Report on the lunatic asylums in Bengal - 1862-
Year: 1862
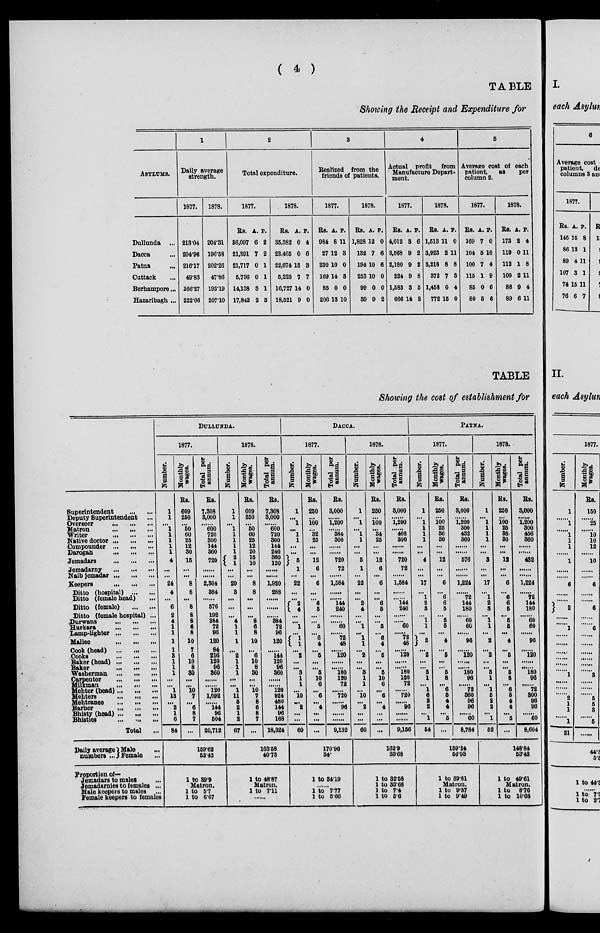
( 4 )
TABLE
Showing the Receipt and Expenditure for
ASYLUMS.
Dullunda ...
Dacca ...
Patna ...
Cuttack ...
Berhampore...
Hazaribagh ...
1
Daily average
strength.
1877.
213.04
204.96
216.17
49.83
166.27
222.06
1878.
204.31
196.58
202.26
47.86
193.19
207.10
2
Total expenditure.
1877.
Rs.
36,097
21,391
21,717
5,736
14,138
17,842
A.
6
7
0
0
3
2
P.
2
2
1
1
1
5
1878.
Rs.
35,382
23,405
22,674
5,225
16,727
18,521
A.
0
0
15
7
14
9
P.
4
6
3
7
0
0
3
Realized from the
friends of patients.
1877.
Rs.
984
27
230
169
85
206
A.
8
12
10
14
0
13
P.
11
3
0
3
0
10
1878.
Rs.
1,828
132
194
253
99
39
A.
12
7
10
10
0
9
P.
0
6
6
0
0
2
4
Actual profit
from
Manufacture Depart-
ment.
1877.
Rs.
4,012
3,568
2,180
224
1,583
666
A.
3
9
9
9
3
14
P.
6
2
2
8
5
2
1878.
Rs.
1,513
3,923
3,218
372
1,458
772
A.
11
2
8
7
0
15
P.
0
11
8
3
4
0
5
Average cost of each
patient,
as
per
column 2.
1877.
Rs.
169
104
100
115
85
80
A.
7
5
7
1
0
5
P.
0
10
4
9
6
6
1878.
Rs.
173
119
112
109
86
89
A.
2
0
1
2
9
6
P.
4
11
8
11
4
11
TABLE
Showing the cost of establishment for
Superintendent
...
...
Deputy Superintendent ...
Overseer
...
...
...
Matron
...
...
...
Writer
...
...
...
Native doctor ... ... ...
Compounder
...
...
...
Darogah ... ... ...
Jemadars
...
...
...
Jemadarny
...
...
...
Naib jemadar ... ... ...
Keepers
...
...
...
Ditto (hospital)
...
...
Ditto (female head) ...
Ditto (female)
...
...
Ditto (female hospital) ...
Durwans
...
...
...
Hurkara
...
...
...
Lamp-lighter
...
...
...
Mallee
...
...
...
Cook (head) ... ... ...
Cooks
...
...
...
Baker (head)
...
...
...
Baker
...
...
...
Washerman
...
...
...
Carpenter
...
...
...
Milkman
...
...
...
Mehter (head) ... ... ...
Mehters
...
...
...
Mehtrance
...
...
...
Barber
...
...
...
Bhisty (head) ... ... ...
Bhisties
...
...
...
Total ...
Daily average
numbers ....
Male ...
Female ...
Proportion of—
Jemadars to males
...
Jemadarnies to females ...
Male keepers to males ...
Female keepers to females
DULLUNDA.
1877.
Number.
1
1
...
1
1
1
1
1
4
...
...
24
4
...
6
2
4
1
1
1
1
3
1
1
1
...
...
1
18
...
2
1
6
84
Monthly
wages.
Rs.
609
250
...
50
60
25
12
30
15
...
...
8
8
...
8
8
8
6
8
10
7
6
10
8
30
...
...
10
7
...
6
8
7
...
Total per
annum.
Rs.
7,308
3,000
......
600
720
300
144
360
720
......
......
2,304
384
.......
576
192
384
72
96
120
84
216
120
96
360
......
......
120
1,092
......
144
96
504
20,712
159.62
53.42
1 to 89.9
Matron.
1 to 5.7
1 to 6.67
1878.
Number.
1
1
...
1
1
1
1
1
2 1
...
...
20
3
...
...
...
4
1
1
1
...
2
1
1
1
...
...
1
11
5
2
1
2
67
Monthly
wages.
Rs.
609
250
...
50
60
25
12
20
15
10
...
...
8
8
...
...
...
8
6
8
10
...
6
10
8
30
...
...
10
7
8
6
8
7
...
Total per
annum.
Rs.
7,308
3,000
......
600
720
300
144
240
360
120
......
......
1,920
288
......
......
......
384
72
96
120
......
144
120
96
360
......
......
120
924
480
144
96
168
18,324
163.58
40.73
1 to 48.87
Matron.
1 to 7.11
......
DACCA.
1877.
Number.
1
...
1
...
1
1
...
...
5
1
...
22
...
...
2
4
...
...
1
...
1
1
...
2
...
...
3
1
1
...
10
...
2
...
...
60
Monthly
wages.
Rs.
250
...
100
...
32
25
...
...
12
6
...
6
...
...
6
5
...
...
5
...
6
4
...
5
...
...
5
10
6
...
6
...
4
...
...
...
Total per
annum.
Rs.
3,000
......
1,200
......
384
300
......
......
720
72
......
1,584
......
......
144
240
......
......
60
......
72
48
......
120
......
......
180
120
72
......
720
......
96
......
......
9,132
170.96
34.
1 to 84.19
......
1 to 7.77
1 to 5.66
1878.
Number.
1
...
1
...
1
1
...
...
5
1
...
22
...
...
2
4
...
...
1
...
1
1
...
2
...
...
3
1
1
...
10
...
2
...
...
60
Monthly
wages.
Rs.
250
...
100
34
25
...
...
12
6
...
6
...
...
6
5
...
...
5
...
6
4
...
5
...
...
5
10
6
...
6
...
4
...
...
...
Total per
annum.
Rs.
3,000
1,200
......
408
300
......
...
720
72
......
1,584
......
......
144
240
......
......
60
...
72
48
......
120
......
......
180
120
72
......
720
......
96
......
......
9,156
162.9
33.68
1 to 32.58
1 to 33.68
1 to 7.4
1 to 5.6
PATNA.
1877.
Number.
1
...
1
1
1
1
...
...
4
...
...
17
...
1
2
3
...
1
1
...
2
...
2
...
...
3
1
...
1
6
2
2
...
1
54
Monthly
wages.
Rs.
250
...
100
25
36
30
...
...
12
...
...
6
...
6
6
5
...
5
5
...
4
...
5
...
...
5
8
...
6
5
4
4
...
5
...
Total per
Rs.
3,000
......
1,200
300
432
360
......
......
576
......
......
1,224
......
72
144
180
......
60
60
......
96
......
120
......
......
180
96
......
72
360
96
96
......
60
8,784
159.24
56.93
1 to 39.81
Matron.
1 to 9.37
1 to 9.49
1878.
Number.
1
...
1
1
1
1
...
...
3
...
...
17
...
1
2
3
...
1
1
...
2
...
2
...
...
3
1
...
1
5
2
2
...
1
52
Monthly
wages.
Rs.
250
...
100
25
38.
30
...
...
12
...
...
6
...
6
6
5
...
5
5
...
4
...
5
...
...
5
8
...
6
5
4
4
...
5
...
Total per
Rs.
3,000
......
1,200
300
456
360
......
......
432
......
......
1,224
......
72
144
180
......
60
60
......
96
......
120
......
......
180
96
......
72
300
96
96
......
60
8,604
148.84
53.42
1 to 49.61
Matron.
1 to 8.76
1 to 10.68